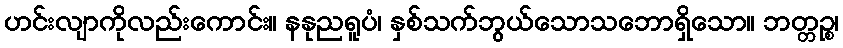
ဟင်းလျာကိုလည်းကောင်း။ နနုညရူပံ၊ နှစ်သက်ဘွယ်သောသဘောရှိသော။ ဘတ္တဉ္စ၊